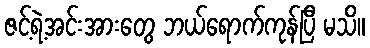
ဇင့်ရဲ့အင်းအားတွေ ဘယ်ရောက်ကုန်ပြီ မသိ။